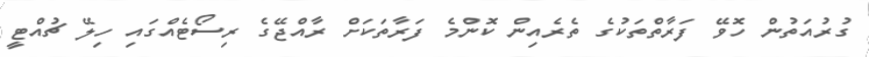
ގުރުއަތުން ހޮވޭ ފަރާތްތަކުގެ ތެރެއިން ކޮންމެ ފަރާތަކަށް ރާއްޖޭގެ ރިސޯޓެއްގައި ހިލޭ ޗުއްޓީ